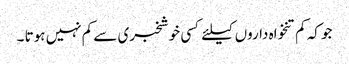
جو کہ کم تنخواہ داروں کیلئے کسی خوشخبری سے کم نہیں ہوتا ۔